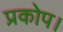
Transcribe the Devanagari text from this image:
प्रकोप।